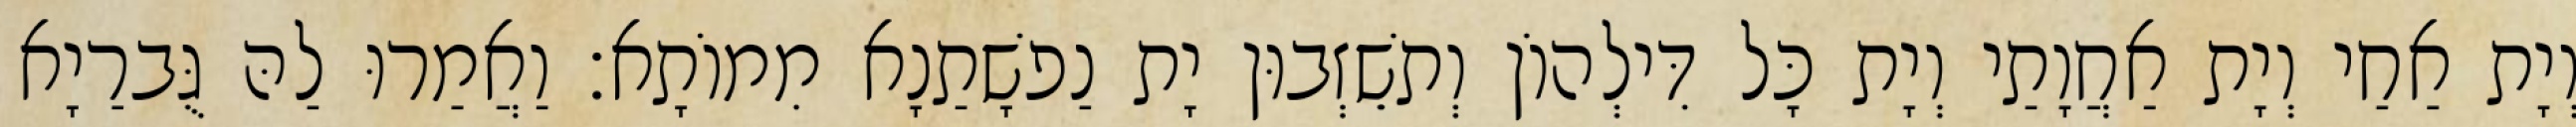
וְיָת אַחַי וְיָת אַחֲוָתַי וְיָת כָּל דִּילְהוֹן וְתשֵׁזְבוּן יָת נַפשָׁתַנָא מִמוֹתָא׃ וַאֲמַרוּ לַהּ גֻּברַיָא